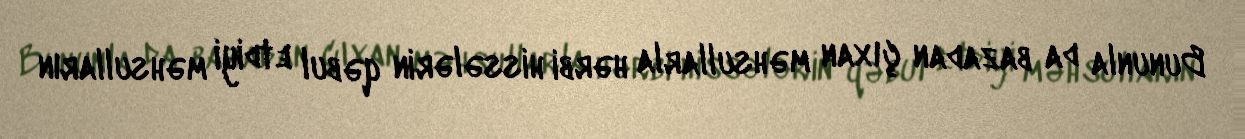
Bununla da bazadan çıxan məhsullarla hərbi hissələrin qəbul etdiyi məhsulların